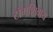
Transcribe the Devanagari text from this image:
टॉमशिवाय